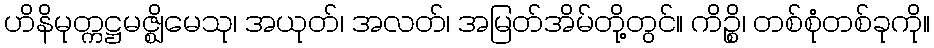
ဟိနိမုတ္ကဋ္ဌမဇ္ဈိမေသု၊ အယုတ်၊ အလတ်၊ အမြတ်အိမ်တို့တွင်။ ကိဉ္စိ၊ တစ်စုံတစ်ခုကို။